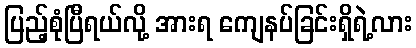
ပြည့်စုံပြီရယ်လို့ အားရ ကျေနပ်ခြင်းရှိရဲ့လား